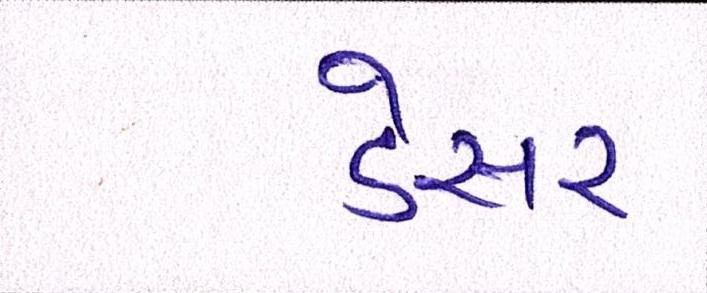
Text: ડેસર